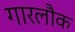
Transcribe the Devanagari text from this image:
गारलौक